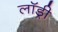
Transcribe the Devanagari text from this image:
लाॅड्री